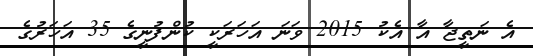
އެ ނަތީޖާ އާ އެކު 2015 ވަނަ އަހަރަކީ ކުންފުނީގެ 35 އަހަރުގެ